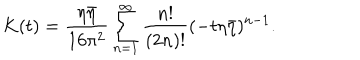
LaTeX: K ( t ) = \frac { \eta \bar { \eta } } { 1 6 \pi ^ { 2 } } \sum _ { n = 1 } ^ { \infty } \frac { n ! } { ( 2 n ) ! } ( - t \eta \bar { \eta } ) ^ { n - 1 } .